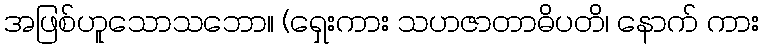
အဖြစ်ဟူသောသဘော။ (ရှေးကား သဟဇာတာဓိပတိ၊ နောက် ကား